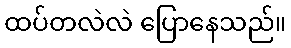
ထပ်တလဲလဲ ပြောနေသည်။